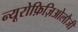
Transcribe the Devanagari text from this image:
न्यूरोफ़िज़िओलौजी